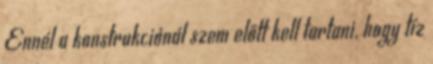
Ennél a konstrukciónál szem előtt kell tartani, hogy tíz